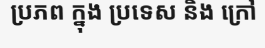
ប្រភព ក្នុង ប្រទេស និង ក្រៅ